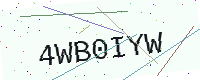
Text: 4WB0IYW